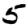
Digit: 5